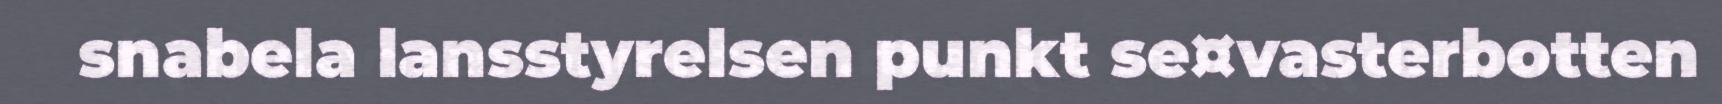
snabela lansstyrelsen punkt se¤vasterbotten